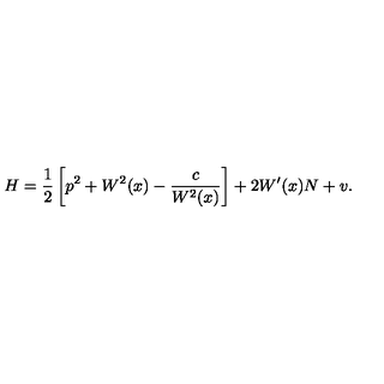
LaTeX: H = \frac 1 2 \left[ p ^ { 2 } + W ^ { 2 } ( x ) - \frac { c } { W ^ { 2 } ( x ) } \right] + 2 W ^ { \prime } ( x ) N + v .